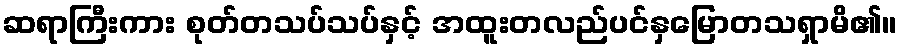
ဆရာကြီးကား စုတ်တသပ်သပ်နှင့် အထူးတလည်ပင်နှမြောတသရှာမိ၏။